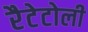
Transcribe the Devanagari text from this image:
रैटेटोली